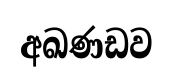
අඛණඩව